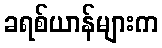
ခရစ်ယာန်များက